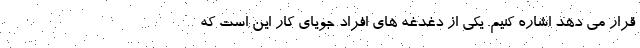
قرار می دهد اشاره کنیم. یکی از دغدغه های افراد جویای کار این است که